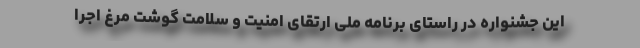
این جشنواره در راستای برنامه ملی ارتقای امنیت و سلامت گوشت مرغ اجرا